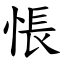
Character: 悵